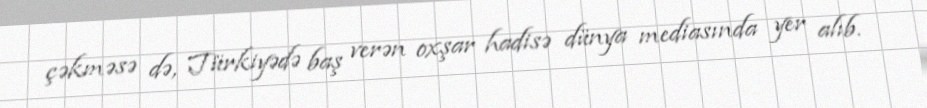
çəkməsə də, Türkiyədə baş verən oxşar hadisə dünya mediasında yer alıb.